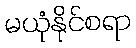
မယုံနိုင်စရာ